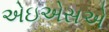
એઇએસએ